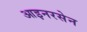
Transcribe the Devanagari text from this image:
आइनरसेन